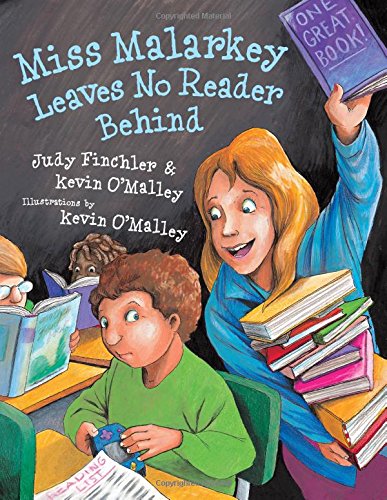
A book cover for Miss Malarkey Leaves No Reader Behind; Judy Finchler; Children's Books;